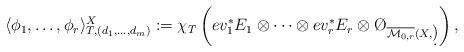
LaTeX: \begin{align*} \langle \phi_1, \dots , \phi_r \rangle_{T, (d_1, \dots, d_m)}^X := \chi_T \left( ev_1^*E_1 \otimes \dots \otimes ev_r^*E_r \otimes \O_{\overline{\mathcal{M}_{0,r}}(X, \d)} \right), \end{align*}